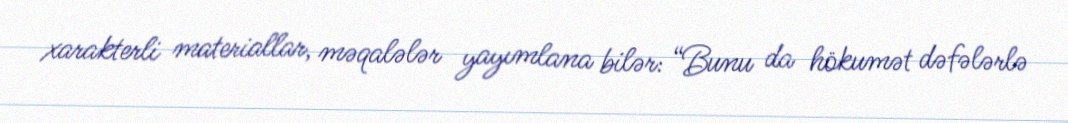
xarakterli materiallar, məqalələr yayımlana bilər: “Bunu da hökumət dəfələrlə